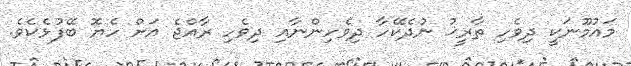
މައުމޫނަކީ ދިވެހި ތާރީޚު ނުދެކޭހާ ދިވެހިންނާއި ދިވެހި ރާއްޖެ އަށް ހެޔޮ ބޭފުޅެކެވެ.